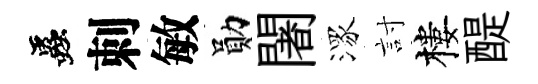
蟲刺敏勛闍潈討樓醍